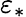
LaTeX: \varepsilon_{*}